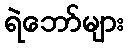
ရဲဘော်များ